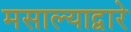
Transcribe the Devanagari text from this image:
मसाल्याद्वारे